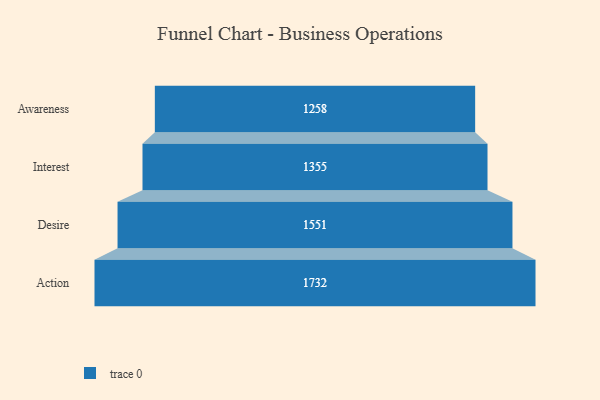
{"axis": {"x": "Stage", "y": "Value"}, "legend": [""], "data": [{"x": "Awareness", "y": 1258.0, "type": ""}, {"x": "Interest", "y": 1355.0, "type": ""}, {"x": "Desire", "y": 1551.0, "type": ""}, {"x": "Action", "y": 1732.0, "type": ""}]}